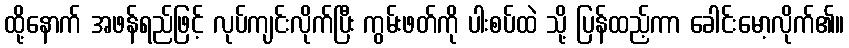
ထို့နောက် အဖန်ရည်ဖြင့် လုပ်ကျင်းလိုက်ပြီး ကွမ်းဖတ်ကို ပါးစပ်ထဲ သို့ ပြန်ထည့်ကာ ခေါင်းမော့လိုက်၏။